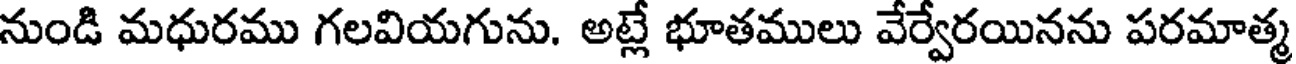
నుండి మధురము గలవియగును. అట్లే భూతములు వేర్వేరయినను పరమాత్మ